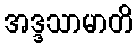
အဒ္ဒသာမာတိ